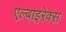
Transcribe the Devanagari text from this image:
एल्बाइरेक्स